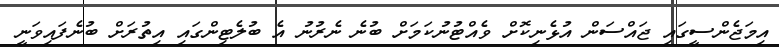
އިމަޖެންސީގައި ޖައްސަން އުޅެނިކޮށް ވެއްޓުނުކަމަށް ބުނެ ނެރުނު އެ ބުލެޓިންގައި އިތުރަށް ބުނެފައިވަނީ